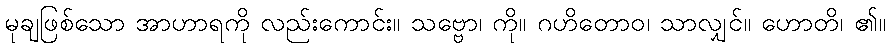
မုချဖြစ်သော အာဟာရကို လည်းကောင်း။ သဗ္ဗော၊ ကို။ ဂဟိတောဝ၊ သာလျှင်။ ဟောတိ၊ ၏။